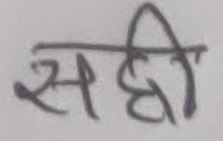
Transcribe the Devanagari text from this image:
सही